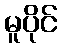
မူပိုင်